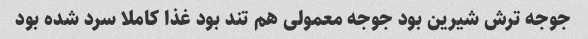
جوجه ترش شیرین بود جوجه معمولی هم تند بود غذا کاملا سرد شده بود